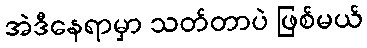
အဲဒီနေရာမှာ သတ်တာပဲ ဖြစ်မယ်